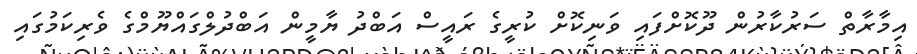
އިމާރާތް ސަރުކާރުން ދޫކޮށްފައި ވަނިކޮށް ކުރީގެ ރައީސް އަބްދު ޔާމީން އަބްދުލްގައްޔޫމްގެ ވެރިކަމުގައި